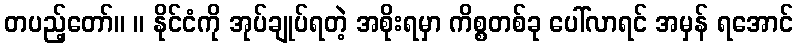
တပည့်တော်။ ။ နိုင်ငံကို အုပ်ချုပ်ရတဲ့ အစိုးရမှာ ကိစ္စတစ်ခု ပေါ်လာရင် အမှန် ရအောင်